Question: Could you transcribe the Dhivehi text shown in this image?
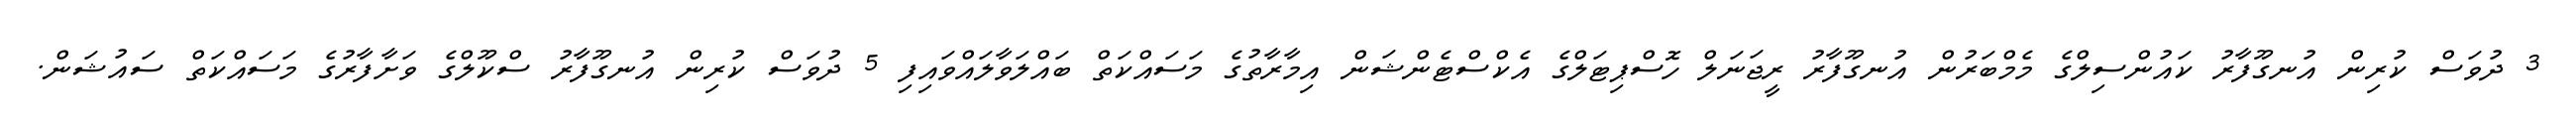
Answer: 3 ދުވަސް ކުރިން އުނގޫފާރު ކައުންސިލްގެ މެމްބަރުން އުނގޫފާރު ރީޖަނަލް ހޮސްޕިޓަލްގެ އެކްސްޓެންޝަން އިމާރާތުގެ މަސައްކަތް ބައްލަވާލައްވައިފި 5 ދުވަސް ކުރިން އުނގޫފާރު ސްކޫލްގެ ވަށާފާރުގެ މަސައްކަތް ސައުޝަން.